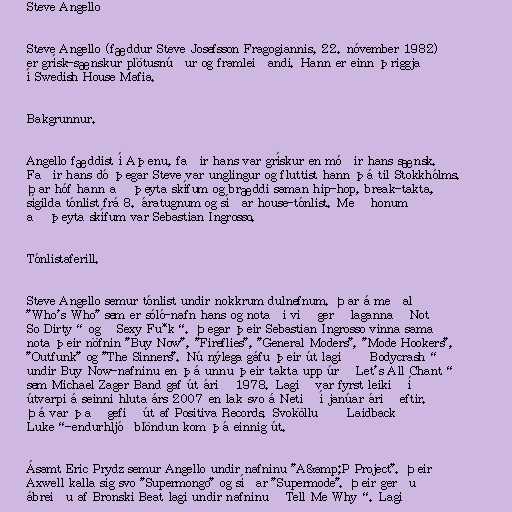
Steve Angello

Steve Angello (fæddur Steve Josefsson Fragogiannis, 22. nóvember 1982)
er grísk-sænskur plötusnúður og framleiðandi. Hann er einn þriggja
í Swedish House Mafia.

Bakgrunnur.

Angello fæddist í Aþenu, faðir hans var grískur en móðir hans sænsk.
Faðir hans dó þegar Steve var unglingur og fluttist hann þá til Stokkhólms.
Þar hóf hann að þeyta skífum og bræddi saman hip-hop, break-takta,
sígilda tónlist frá 8. áratugnum og síðar house-tónlist. Með honum
að þeyta skífum var Sebastian Ingrosso.

Tónlistaferill.

Steve Angello semur tónlist undir nokkrum dulnefnum. Þar á meðal
"Who's Who" sem er sóló-nafn hans og notaði við gerð laganna „Not
So Dirty“ og „Sexy Fu*k“. Þegar þeir Sebastian Ingrosso vinna sama
nota þeir nöfnin "Buy Now", "Fireflies", "General Moders", "Mode Hookers",
"Outfunk" og "The Sinners". Nú nýlega gáfu þeir út lagið „Bodycrash“
undir Buy Now-nafninu en þá unnu þeir takta upp úr „Let's All Chant“
sem Michael Zager Band gaf út árið 1978. Lagið var fyrst leikið í
útvarpi á seinni hluta árs 2007 en lak svo á Netið í janúar árið eftir.
Þá var það gefið út af Positiva Records. Svokölluð „Laidback
Luke“-endurhljóðblöndun kom þá einnig út.

Ásamt Eric Prydz semur Angello undir nafninu "A&amp;P Project". Þeir
Axwell kalla sig svo "Supermongo" og síðar "Supermode". Þeir gerðu
ábreiðu af Bronski Beat lagi undir nafninu „Tell Me Why“. Lagið